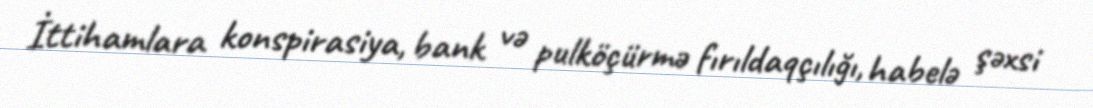
İttihamlara konspirasiya, bank və pulköçürmə fırıldaqçılığı, habelə şəxsi